Annual statistical returns and brief notes on vaccination in Bengal - 1887-1898
Year: 1887
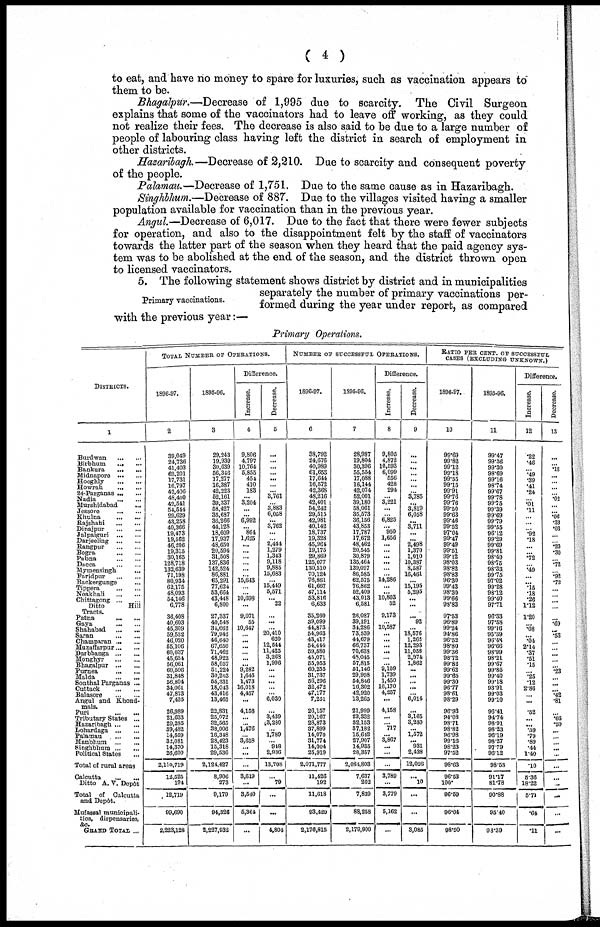
( 4 )
to eat, and have no money to spare for luxuries, such as vaccination appears to
them to be.
Bhagalpur.—Decrease of 1,995 due to scarcity. The Civil Surgeon
explains that some of the vaccinators had to leave off working, as they could
not realize their fees. The decrease is also said to be due to a large number of
people of labouring class having left the district in search of employment in
other districts.
Hazaribagh.—Decrease of 2,210. Due to scarcity and consequent poverty
of the people.
Palamau.—Decrease of 1,751. Due to the same cause as in Hazaribagh.
Singhbhum.—Decrease of 887. Due to the villages visited having a smaller
population available for vaccination than in the previous year.
Angul.—Decrease of 6,017. Due to the fact that there were fewer subjects
for operation, and also to the disappointment felt by the staff of vaccinators
towards the latter part of the season when they heard that the paid agency sys-
tem was to be abolished at the end of the season, and the district thrown open
to licensed vaccinators.
Primary vaccinations.
5. The following statement shows district by district and in municipalities
separately the number of primary vaccinations per-
formed during the year under report, as compared
with the previous year:—
Primary Operations.
DISTRICTS.
1
Burdwan
... ...
Birbhum
...
...
Bankura
...
...
Midnapore
...
...
Hooghly
...
...
Howrah ... ...
24-Parganas ... ...
Nadia
...
...
Murshidabad
...
Jessore
...
...
Khulna
...
...
Rajshahi
...
...
Dinajpur ... ...
Jalpaiguri ... ...
Darjeeling ... ...
Rangpur ... ...
Bogra
... ...
Pubna
...
...
Dacca ... ...
Mymensingh
... ...
Faridpur ...
Backergunge ...
Tippera ... ...
Noakhali
...
...
Chittagong ...
...
Ditto
Hill
Tracts.
Patna
...
...
Gaya
... ...
Shahabad
...
...
Saran ... ...
Champaran ... ...
Muzaffarpur ... ...
Darbhanga ... ...
Mongnyr
...
...
Bhagalpur ... ...
Purnea
...
...
Malda ... ...
Sonthal Parganas ...
Cuttack ... ...
Balasore
...
...
Angul and Khond¬
mals.
Puri
... ...
Tributary States ...
Hazaribagh ... ...
Lohardaga
...
...
Palamau
...
...
Manbhum
...
...
Singhbhum ... ...
Political States ...
Total of rural areas
Calcutta
...
...
Ditto A. V. Depôt
Total of Calcutta
and Depôt.
Mufassal municipali-
ties, dispensaries,
&c.
GRAND TOTAL ...
TOTAL NUMBER OF OPERATIONS.
1896-97.
2
39,049
24,736
41,403
62,201
17,731
16,787
42,406
48,400
42,541
54,544
29,629
43,258
40,366
19,473
19,562
46,206
19,315
30,165
128,718
132,639
71,198
80,934
62,175
48,093
54,146
6,778
36,408
40,603
45,309
59,532
46,020
55,106
60,037
45,654
56,061
60,506
31,848
56,804
34,061
47,873
7,435
26,989
21,633
29,285
39,482
14,559
82,081
14,370
26,600
2,110,719
12,525
194
12,719
99,690
2,223,128
1895-96.
3
29,243
19,939
30,639
56,346
17,277
16,387
42,223
52,161
39,337
58,427
35,687
36,266
44,128
18,609
17,937
48,650
20,594
31,508
137,836
142,524
86,881
65,291
77,624
53,664
48,448
6,800
27,337
40,548
34,662
79,942
46,640
67,650
71,462
48,922
58,057
51,224
30,203
55,331
18,043
43,416
13,465
22,831
25,072
32,565
38,006
16,348
28,423
15,318
29,536
2,124,427
8,906
273
9,179
94,326
2,227,932
Difference.
Increase.
4
9,806
4,797
10,764
5,855
454
410
183
...
3,204
...
...
6,992
... 864
1,025
...
...
...
...
...
...
15,643
...
...
10,698
...
9,071
55
10,647
...
...
...
...
...
...
9,282
1,645
1,473
16,018
4,457
...
4,158
...
...
1,476
...
3,658
...
...
...
3,619
...
3,540
5,364
...
Decrease.
5
...
...
...
... ...
...
...
3,761
...
3,883
6,058
...
3,762
...
...
2,444
1,279
1,343
9,118
9,885
15,683
...
15,449
5,571
... 22
...
...
...
20,410
620
12,544
11,425
3,263
1,996
...
...
...
...
...
6,030
...
3,439
l3,280
...
1,789
...
948
2,936
13,708
...
79
...
...
4,804
NUMBER OF SUCCESSFUL OPERATIONS.
1896-97.
6
38,792
24,676
40,989
61,653
17,644
16,572
42,368
48,216
42,401
54,242
29,515
42,981
40,142
18,737
19,328
45,964
19,175
29,869
125,077
130,510
70,124
76,861
61,667
47,114
53,816
6,633
35,260
39,099
44,873
54,963
43,417
54,444
59,580
45,071
55,953
60,255
31,737
56,296
32,472
47,177
7,251
26,157
20,167
28,873
37,899
14,070
31,774
14,904
25,919
2,071,777
11,426
192
11,618
93,420
2,176,815
1895-96.
7
28,987
19,804
30,396
55,554
17,088
16,144
42,074
52,001
39,180
58,061
35,573
36,156
43,853
17,787
17,672
48,462
20,545
30,879
135,464
139,097
86,585
62,575
76,862
52,409
43,013
6,581
26,087
39,191
34,286
73,539
44,679
66,737
70,638
48,045
57,815
51,146
29,998
54,846
16,802
42,920
13,265
21,999
23,332
32,153
37,182
15,642
27,907
14,935
28,357
2,083,803
7,637
202
7,839
88,258
2,179,900
Difference.
Increase.
8
9,805
4,872
10,593
6,099
556
428
294
...
3,221
...
...
6,825
... 950
1,656
...
...
...
...
...
...
14,286
...
...
10,803
52
9,173
...
10,587
...
...
...
...
...
...
9,109
1,739
1,450
16,170
4,257
...
4,158
...
... 717
...
3,867
...
...
...
3,789
...
3,779
5,162
...
Decrease.
9
...
...
...
...
...
...
...
3,785
...
3,819
6,058
...
3,711
...
...
2,498
1,370
1,010
10,387
8,587
16,461
...
15,195
5,295
...
...
... 92
...
18,576
1,262
12,293
11,058
2,974
1,862
...
...
...
...
...
6,014
...
3,165
3,280
...
1,572
... 931
2,438
12,026
...
10
...
...
3,085
RATIO PER CENT. OF SUCCESSFUL
CASES (EXCLUDING UNKNOWN.)
1896-97.
10
99.69
99.82
99.12
99.18
99.55
99.15
99.91
99.76
99.76
99.50
99.63
99.46
99.52
97.04
99.47
99.49
99.51
99.12
98.03
98.82
98.83
96.30
99.43
98.30
99.66
98.83
97.53
96.89
99.24
94.86
96.52
98.80
99.36
98.72
99.82
99.62
99.65
99.30
96.77
98.61
98.29
96.93
94.08
98.71
98.82
96.98
99.16
98.23
97.52
98.63
96.53
100.
96.59
96.04
98.50
1895-96.
11
99.47
99.36
99.30
98.69
99.16
98.74
99.67
99.78
99.75
99.39
99.69
99.79
99.55
96.12
99.29
99.69
99.81
98.40
98.75
98.33
99.75
97.02
99.28
98.12
99.40
97.71
96.33
97.58
99.16
95.39
96.48
96.66
98.99
98.21
99.67
99.85
99.40
99.18
93.91
99.03
99.10
96.41
94.74
98.91
98.23
96.19
98.27
97.79
96.12
98.53
91.17
81.78
90.88
95.40
93.39
Difference.
Increase.
12
.22
.46
...
.49
.39
.41
.24
...
.01
.11
...
...
...
.92
.18
...
...
.72
...
.49
...
...
.15
.18
.26
1.12
1.20
...
.08
...
.04
2.14
.37
.51
.15
...
.25
.12
2.86
...
...
.52
...
...
.59
.79
.89
.44
1.40
.10
5.36
18.22
5.71
.64
.11
Decrease.
13
...
...
.18
...
...
...
... .02
...
... .06
.33
.03
...
... .20
.30
...
.72
...
.92
.72
...
...
...
...
...
.69
...
.53
...
...
...
...
...
.23
...
...
...
.42
.81
...
.66
.20
...
...
...
...
...
...
...
...
...
...
...